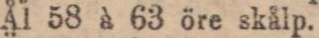
Ål 58 à 63 öre skålp.